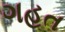
ગહત